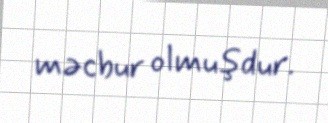
məcbur olmuşdur.